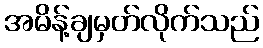
အမိန့်ချမှတ်လိုက်သည်